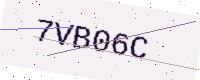
Text: 7VB06C